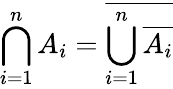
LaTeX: \bigcap_{i=1}^{n}A_{i}={\overline{{\bigcup_{i=1}^{n}{\overline{{A_{i}}}}}}}